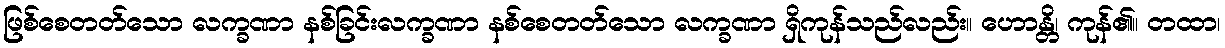
ဖြစ်စေတတ်သော လက္ခဏာ နစ်ခြင်းလက္ခဏာ နစ်စေတတ်သော လက္ခဏာ ရှိကုန်သည်လည်း။ ဟောန္တိ၊ ကုန်၏။ တထာ၊